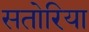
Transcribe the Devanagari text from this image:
सतोरिया